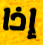
إذا